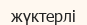
жүктерлі